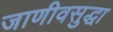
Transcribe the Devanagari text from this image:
जाणीवसुद्धा